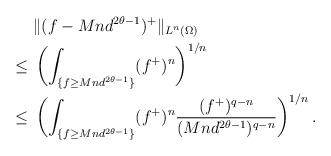
LaTeX: \begin{align*} \lefteqn{\| (f - Mn d^{2\theta-1} )^+\|_{L^n(\Omega)} } \\ \le {} & \left( \int_{\{ f \ge Mnd^{2\theta-1} \} }(f^+)^n \right)^{1/n} \\\le {} & \left( \int_{ \{ f \ge Mnd^{2\theta-1} \}} (f^+)^n \frac{ (f^+)^{q-n}} {(Mnd^{2\theta -1})^{q-n}} \right)^{1/n}.\end{align*}